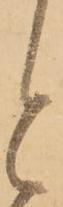
と